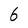
Character: 6